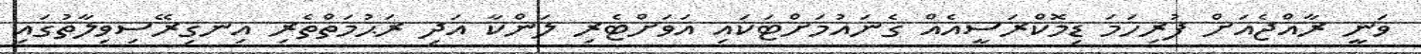
ވަނީ ރާއްޖެއަށް ފުރިހަމަ ޑިމޮކްރަސީއެއް ގެނައުމަށްޓަކައި އަވަށްޓެރި ލަންކާ އަދި ރަޙުމަތްތެރި އިނގިރޭސިވިލާތުގައި